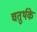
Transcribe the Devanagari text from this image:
चतुर्थके